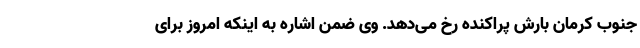
جنوب کرمان بارش پراکنده رخ می‌دهد. وی ضمن اشاره به اینکه امروز برای